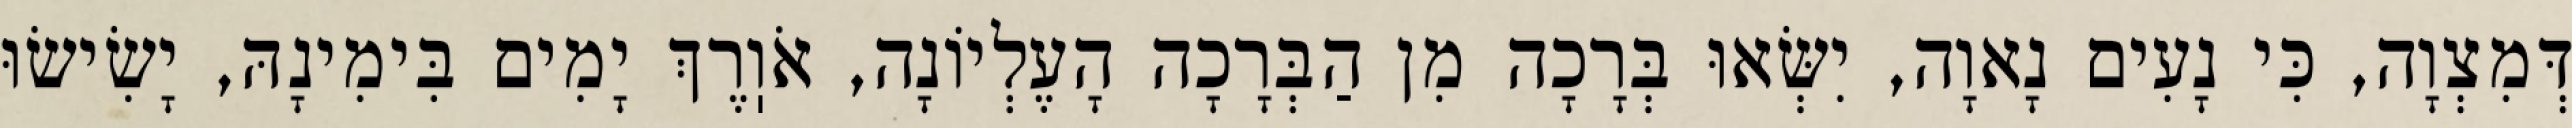
דְּמִצְוָה, כִּי נָעִים נָאוָה, יִשְּׂאוּ בְּרָכָה מִן הַבְּרָכָה הָעֶלְיוֹנָה, אֹוֽרֶךְ יָמִים בִּימִינָהּ, יָשִׂישׂוּ